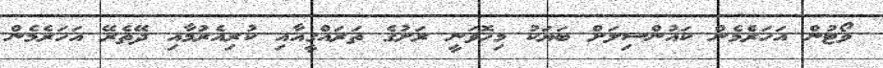
ވޯޓުން އަހަރެމެން ކައުންސިލަށް ބަޔަކު މިހޮވަނީ ރަށުގެ ތަރައްގީއާއި ކުރިއެރުމާއި ދޭތެރޭ އަހަރެމެން